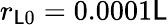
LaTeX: r_{\mathsf{L}0}=0.0001\mathsf{L}